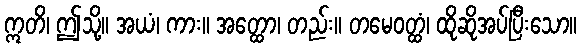
ဣတိ၊ ဤသို့။ အယံ၊ ကား။ အတ္ထော၊ တည်း။ တမေဝတ္ထံ၊ ထိုဆိုအပ်ပြီးသော။